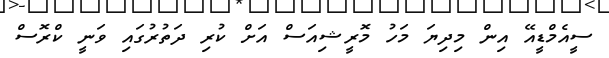
ސީއެމްޑީއޭ އިން މިދިޔަ މަހު މޮރީޝިއަސް އަށް ކުރި ދަތުރުގައި ވަނީ ކްރޮސް